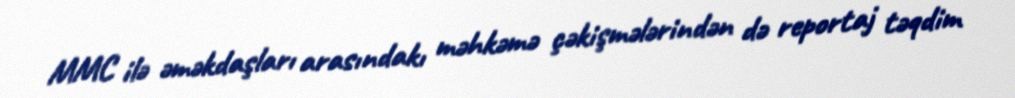
MMC ilə əməkdaşları arasındakı məhkəmə çəkişmələrindən də reportaj təqdim